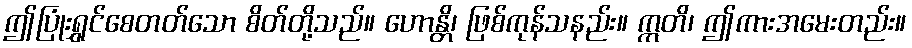
ဤပြုံးရွှင်စေတတ်သော စိတ်တို့သည်။ ဟောန္တိ၊ ဖြစ်ကုန်သနည်း။ ဣတိ၊ ဤကားအမေးတည်း။